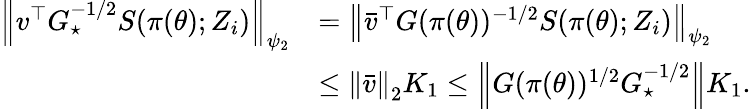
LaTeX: \begin{array}{rl}{\left\lVert v^{\top}G_{\star}^{-1/2}S(\pi(\theta);Z_{i})\right\rVert_{\psi_{2}}}&{=\left\lVert\bar{v}^{\top}G(\pi(\theta))^{-1/2}S(\pi(\theta);Z_{i})\right\rVert_{\psi_{2}}}\\ &{\le\left\lVert\bar{v}\right\rVert_{2}K_{1}\le\left\lVert G(\pi(\theta))^{1/2}G_{\star}^{-1/2}\right\rVert K_{1}.}\end{array}